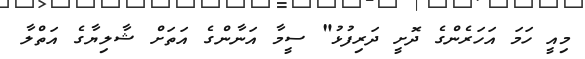
މިއީ ހަމަ އަހަރެންގެ ދޮށީ ދަރިފުޅު" ސީމާ އަނާންގެ އަތަށް ޝާލިޔާގެ އަތްލާ